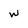
Character: w